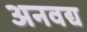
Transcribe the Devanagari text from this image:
अनवद्य